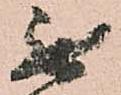
無